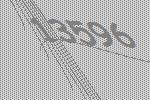
13596